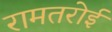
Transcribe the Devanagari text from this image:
रामतरोई